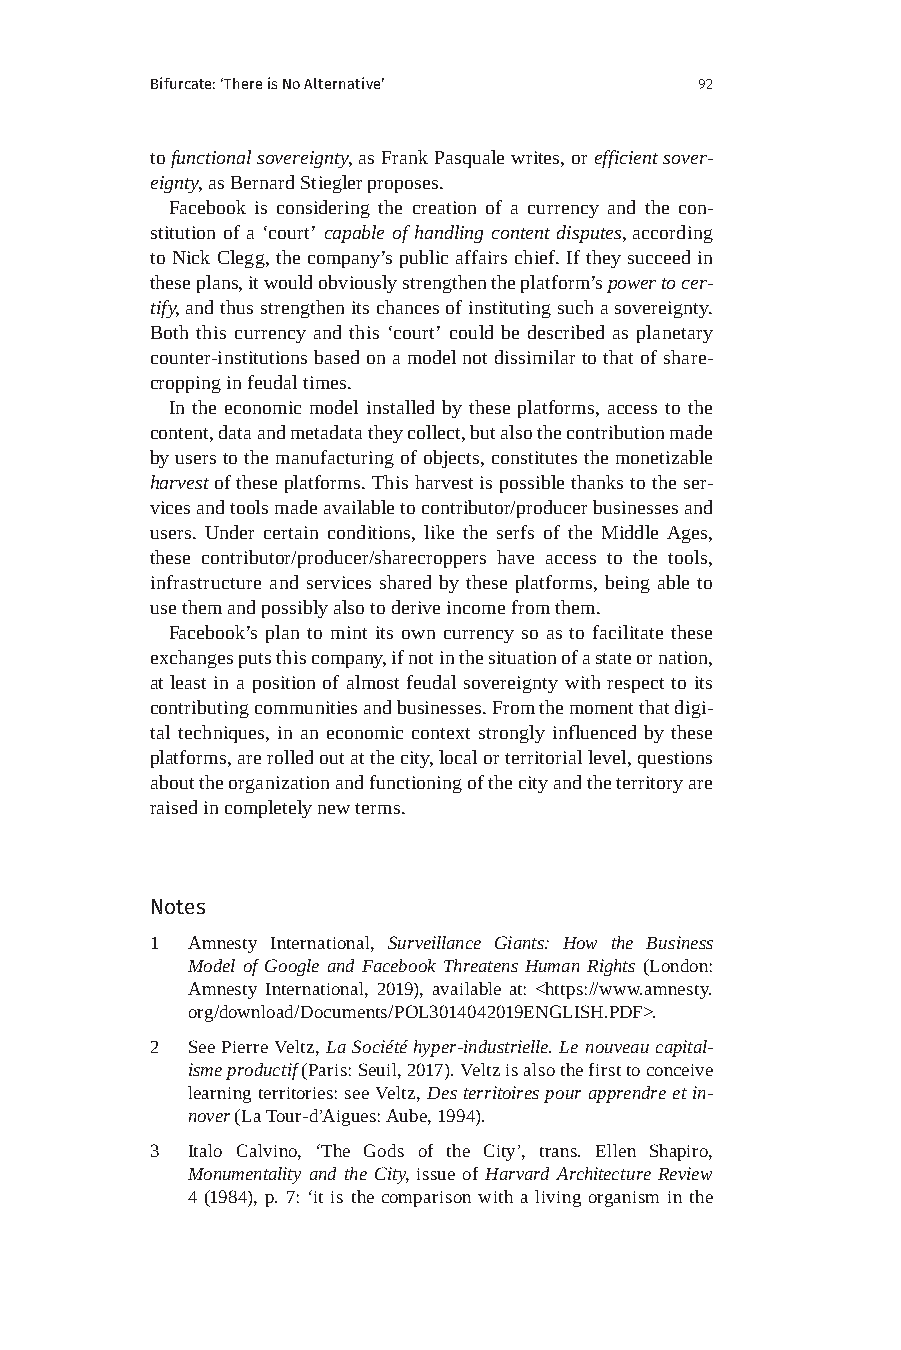
Bifurcate: ‘There is No Alternative’ 92
 to functional sovereignty, as Frank Pasquale writes, or efficient sover-
 eignty, as Bernard Stiegler proposes.
 Facebook is considering the creation of a currency and the con-
 stitution of a ‘court’ capable of handling content disputes, according
 to Nick Clegg, the company’s public affairs chief. If they succeed in
 these plans, it would obviously strengthen the platform’s power to cer-
 tify, and thus strengthen its chances of instituting such a sovereignty.
 Both this currency and this ‘court’ could be described as planetary
 counter-institutions based on a model not dissimilar to that of share-
 cropping in feudal times.
 In the economic model installed by these platforms, access to the
 content, data and metadata they collect, but also the contribution made
 by users to the manufacturing of objects, constitutes the monetizable
 harvest of these platforms. This harvest is possible thanks to the ser-
 vices and tools made available to contributor/producer businesses and
 users. Under certain conditions, like the serfs of the Middle Ages,
 these contributor/producer/sharecroppers have access to the tools,
 infrastructure and services shared by these platforms, being able to
 use them and possibly also to derive income from them.
 Facebook’s plan to mint its own currency so as to facilitate these
 exchanges puts this company, if not in the situation of a state or nation,
 at least in a position of almost feudal sovereignty with respect to its
 contributing communities and businesses. From the moment that digi-
 tal techniques, in an economic context strongly influenced by these
 platforms, are rolled out at the city, local or territorial level, questions
 about the organization and functioning of the city and the territory are
 raised in completely new terms.
 Notes
 1 Amnesty International, Surveillance Giants: How the Business
 Model of Google and Facebook Threatens Human Rights (London:
 Amnesty International, 2019), available at: <https://www.amnesty.
 org/download/Documents/POL3014042019ENGLISH.PDF>.
 2 See Pierre Veltz, La Société hyper-industrielle. Le nouveau capital-
 isme productif (Paris: Seuil, 2017). Veltz is also the first to conceive
 learning territories: see Veltz, Des territoires pour apprendre et in-
 nover (La Tour-d’Aigues: Aube, 1994).
 3 Italo Calvino, ‘The Gods of the City’, trans. Ellen Shapiro,
 Monumentality and the City, issue of Harvard Architecture Review
 4 (1984), p. 7: ‘it is the comparison with a living organism in the